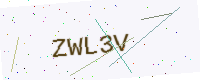
Text: ZWL3V